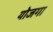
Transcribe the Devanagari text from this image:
योजगा